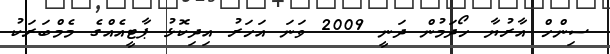
ސިންހް އާރުޔާ ހޯދަމުން ދަނީ 2009 ވަނަ އަހަރު އިދިކޮޅު ޕާޓީއެއްގެ މެމްބަރަކު